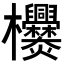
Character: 𣡿